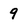
Character: 9